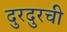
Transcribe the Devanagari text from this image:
दुरदुरची